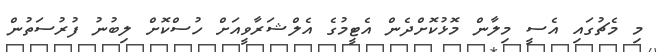
މި މެޗުގައި އެސީ މިލާން މޮޅުކޮށްދެން އެޓީމުގެ އެލްޝަރާވީއަށް ހުސްކޮށް ލިބުނު ފުރުސަތުން